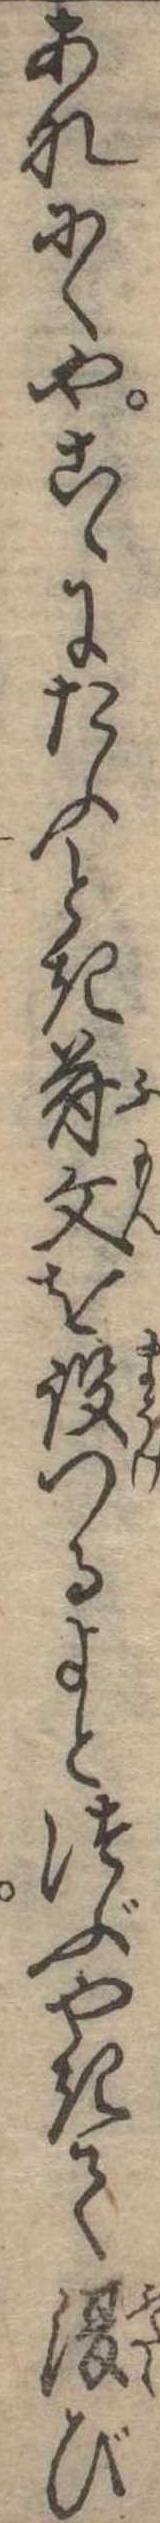
あなにくやこゝにたふとき符文を設つるよとつぶやきて復び